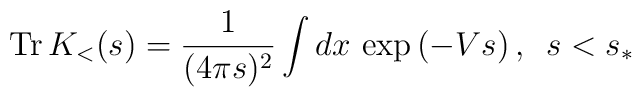
{\rm Tr}\,K_{<}(s)=\frac{1}{(4\pi s)^{2}}    \int dx\,\exp \left( -Vs\right),\,\,\,s<s_{\ast }